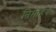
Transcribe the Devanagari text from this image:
निर्मोहय